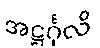
အဋ္ဌင်္ဂုလိ